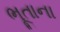
ભૂતાના